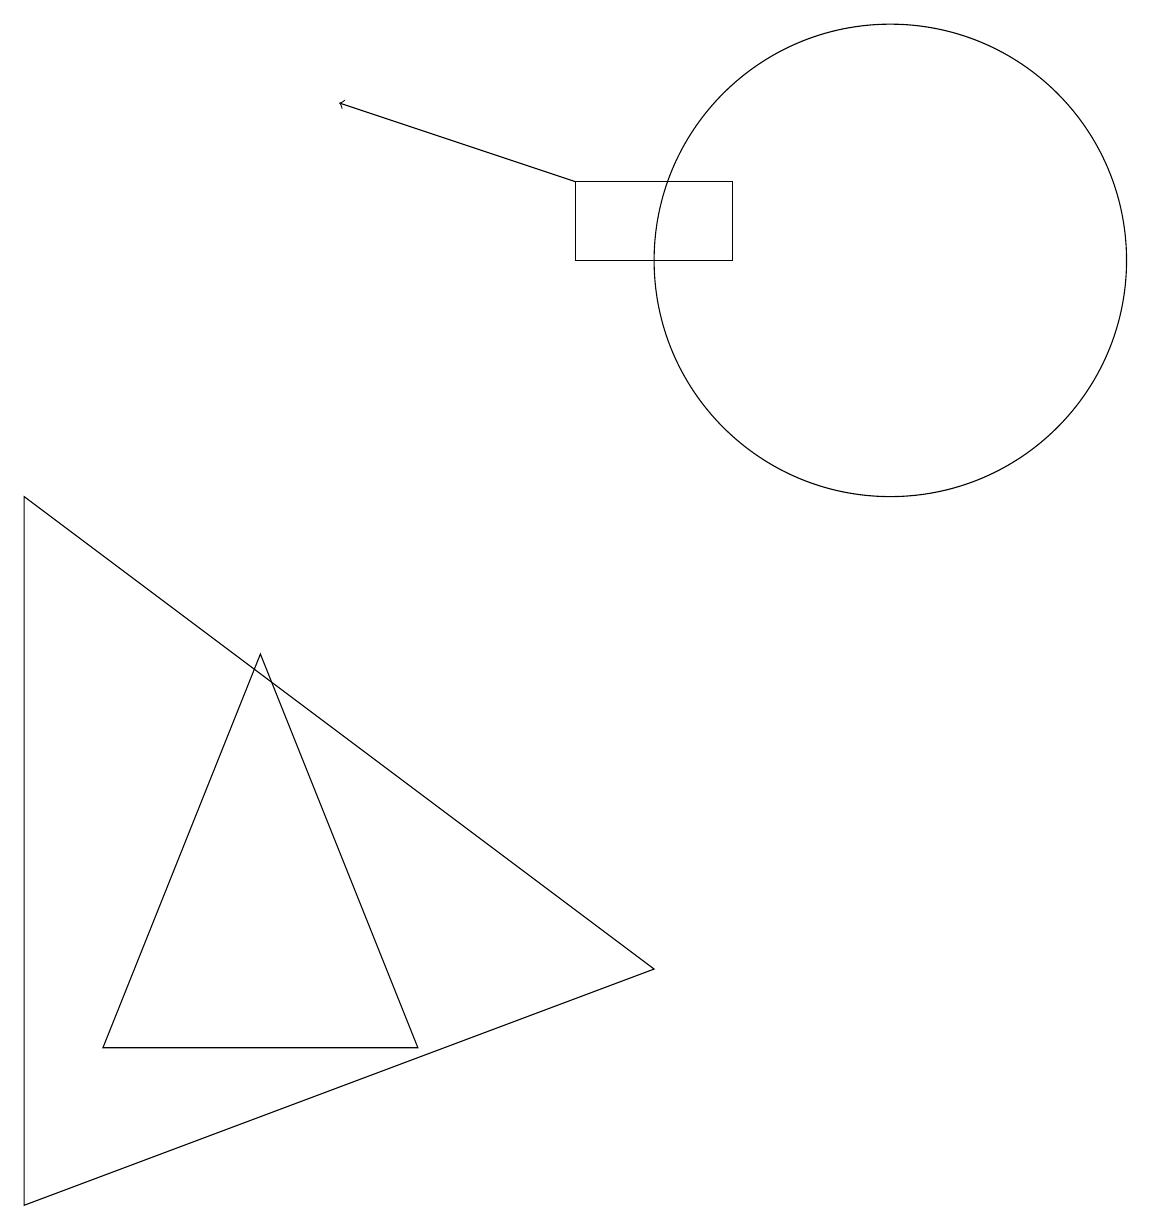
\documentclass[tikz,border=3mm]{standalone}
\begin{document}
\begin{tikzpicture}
\draw (7,13) rectangle (9,12);
\draw (11,12) circle (3);
\draw (3,7) -- (5,2) -- (1,2) -- cycle;
\draw (0,9) -- (8,3) -- (0,0) -- cycle;
\draw[->] (7,13) -- (4,14);
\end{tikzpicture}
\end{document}